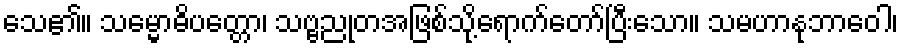
သေ၏။ သမ္မောဓိပတ္တော၊ သဗ္ဗညုတအဖြစ်သို့ရောက်တော်ပြီးသော။ သမဟာနုဘာဝေါ၊